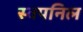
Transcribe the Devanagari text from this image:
स्वपनिल